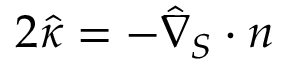
2 \hat { \kappa } = - \hat { \nabla } _ { S } \cdot \boldsymbol { n }